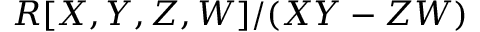
R [ X , Y , Z , W ] / ( X Y - Z W )